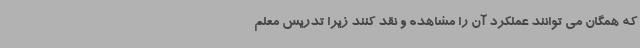
که همگان می توانند عملکرد آن را مشاهده و نقد کنند زیرا تدریس معلم